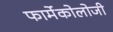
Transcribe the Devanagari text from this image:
फार्मेकोलोजी